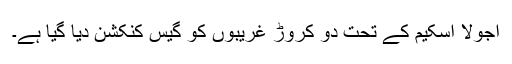
اجولا اسکیم کے تحت دو کروڑ غریبوں کو گیس کنکشن دیا گیا ہے۔